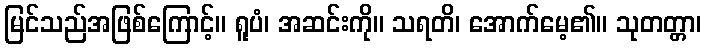
မြင်သည်အဖြစ်ကြောင့်။ ရူပံ၊ အဆင်းကို။ သရတိ၊ အောက်မေ့၏။ သုတတ္တာ၊